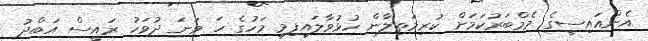
އެންއައިސީގެ މެމްބަރުކަމަށް ކުރިމަތިލާން ހުޅުވާލައިފިމި މަހުގެ ހަ ވަނަ ދުވަހު ރައީސް އަބްދު